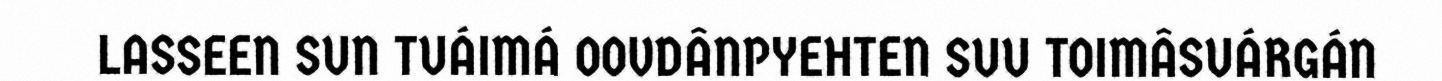
LASSEEN SUN TUÁIMÁ OOVDÂNPYEHTEN SUU TOIMÂSUÁRGÁN